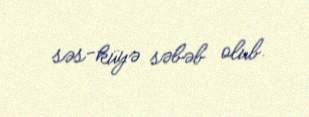
səs-küyə səbəb olub.